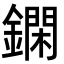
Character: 䥜